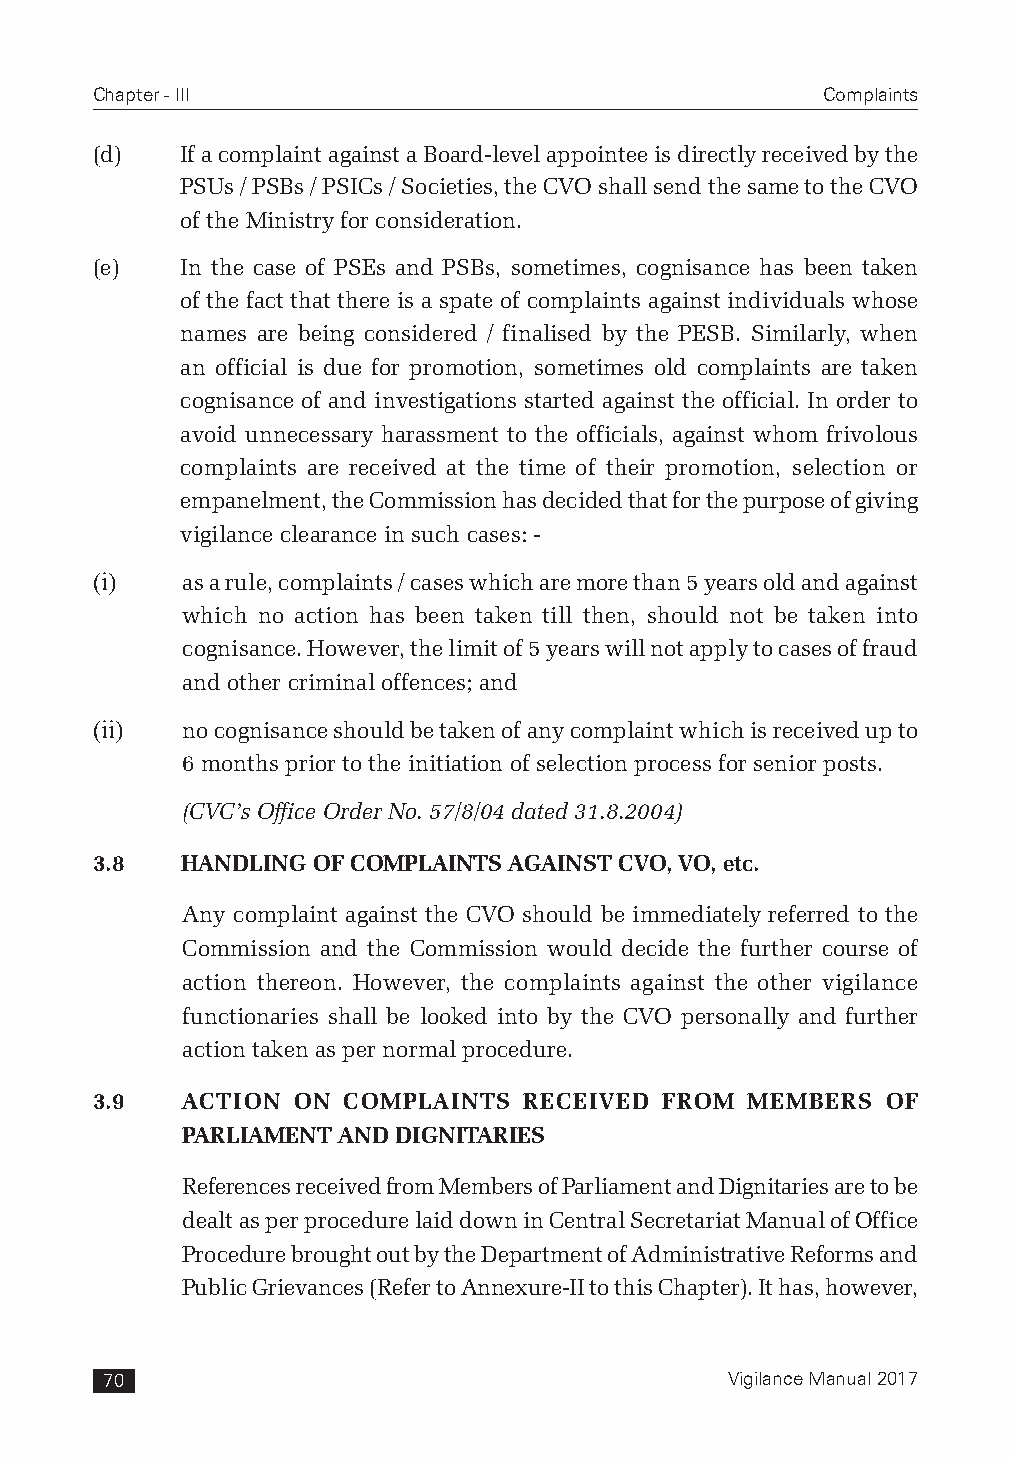
Chapter - III                                   Complaints
 (d)   If a complaint against a Board-level appointee is directly received by the
 PSUs / PSBs / PSICs / Societies, the CVO shall send the same to the CVO
 of the Ministry for consideration.
 (e)   In the case of PSEs and PSBs, sometimes, cognisance has been taken
 of the fact that there is a spate of complaints against individuals whose
 names are being considered / finalised by the PESB. Similarly, when
 an official is due for promotion, sometimes old complaints are taken
 cognisance of and investigations started against the official. In order to
 avoid unnecessary harassment to the officials, against whom frivolous
 complaints are received at the time of their promotion, selection or
 empanelment, the Commission has decided that for the purpose of giving
 vigilance clearance in such cases: -
 (i)   as a rule, complaints / cases which are more than 5 years old and against
 which no action has been taken till then, should not be taken into
 cognisance. However, the limit of 5 years will not apply to cases of fraud
 and other criminal offences; and
 (ii)  no cognisance should be taken of any complaint which is received up to
 6 months prior to the initiation of selection process for senior posts.
 (CVC’s Office Order No. 57/8/04 dated 31.8.2004)
 3.8   HANDLING OF COMPLAINTS AGAINST CVO, VO, etc.
 Any complaint against the CVO should be immediately referred to the
 Commission and the Commission would decide the further course of
 action thereon. However, the complaints against the other vigilance
 functionaries shall be looked into by the CVO personally and further
 action taken as per normal procedure.
 3.9   ACTION ON  COMPLAINTS  RECEIVED FROM MEMBERS   OF
 PARLIAMENT AND DIGNITARIES
 References received from Members of Parliament and Dignitaries are to be
 dealt as per procedure laid down in Central Secretariat Manual of Office
 Procedure brought out by the Department of Administrative Reforms and
 Public Grievances (Refer to Annexure-II to this Chapter). It has, however,
 70                                       Vigilance Manual 2017